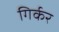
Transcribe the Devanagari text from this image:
गिर्कर